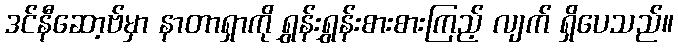
ဒင်နီဆော့ဗ်မှာ နာတာရှာကို ရွှန်းရွှန်းစားစားကြည့် လျက် ရှိပေသည်။